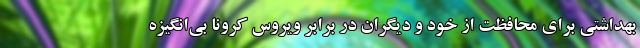
بهداشتی برای محافظت از خود و دیگران در برابر ویروس کرونا بی‌انگیزه